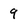
Character: 9